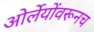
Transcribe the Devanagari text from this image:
ओर्लेयोंवरूनच